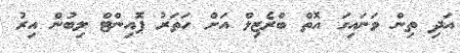
އަދި ތިން ވަނައިގަ އޮތް ބްރެޒިލް އަށް ހަތަރު ޕޮއިންޓް ލިބުން އިރު